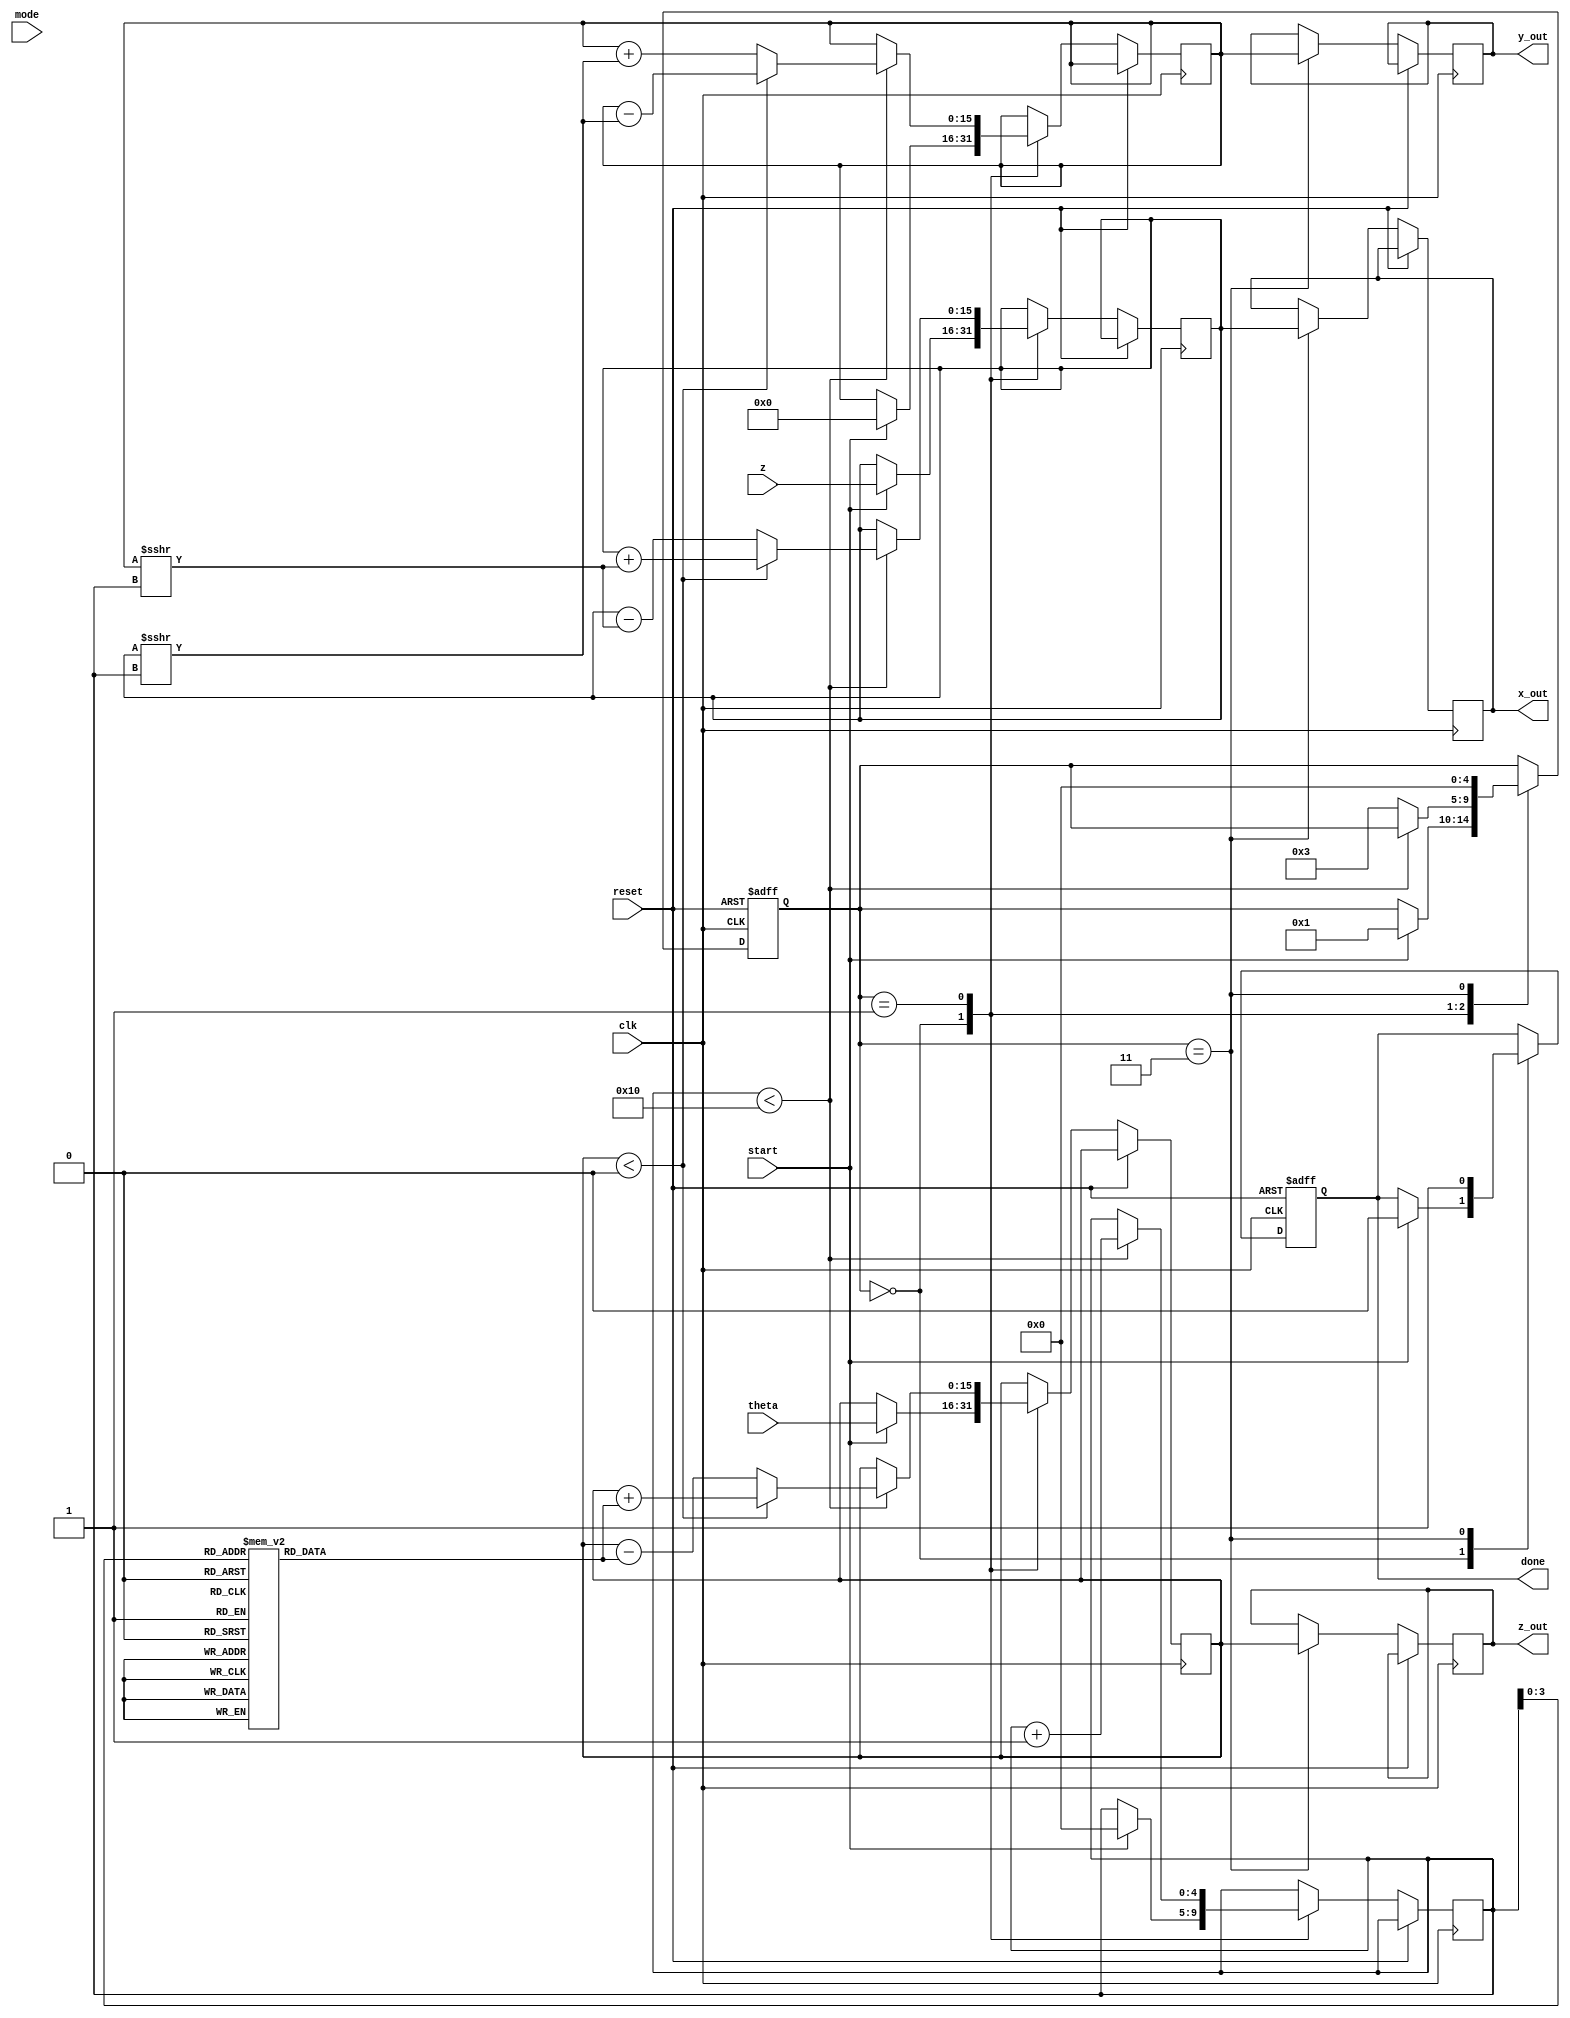
module cordic (
    input wire clk,
    input wire reset,
    input wire start,
    input wire [15:0] theta,      // Input angle in fixed-point representation
    input wire [15:0] z,          // Input magnitude in fixed-point representation
    input wire [1:0] mode,        // Operation mode (00: sine, 01: cosine, 10: hyperbolic, 11: multiplication)
    output reg [15:0] x_out,      // X output after rotation
    output reg [15:0] y_out,      // Y output after rotation
    output reg [15:0] z_out,      // Z output (final angle or magnitude)
    output reg done
);

    // Internal parameters
    parameter N = 16; // Number of iterations
    reg [15:0] x, y, z_reg;
    reg [4:0] state; // State for FSM
    reg [4:0] i; // Iteration counter
    reg [15:0] atan_table [0:N-1]; // Lookup table for arctan values

    // Initialize atan_table (example values; replace with actual arctangent values)
    initial begin
        atan_table[0] = 16'h2000; // atan(2^-0)
        atan_table[1] = 16'h1000; // atan(2^-1)
        atan_table[2] = 16'h0800; // atan(2^-2)
        atan_table[3] = 16'h0400; // atan(2^-3)
        atan_table[4] = 16'h0200; // atan(2^-4)
        atan_table[5] = 16'h0100; // atan(2^-5)
        atan_table[6] = 16'h0080; // atan(2^-6)
        atan_table[7] = 16'h0040; // atan(2^-7)
        atan_table[8] = 16'h0020; // atan(2^-8)
        atan_table[9] = 16'h0010; // atan(2^-9)
        atan_table[10] = 16'h0008; // atan(2^-10)
        atan_table[11] = 16'h0004; // atan(2^-11)
        atan_table[12] = 16'h0002; // atan(2^-12)
        atan_table[13] = 16'h0001; // atan(2^-13)
        atan_table[14] = 16'h0001; // atan(2^-14)
        atan_table[15] = 16'h0000; // atan(2^-15)
    end

    // State machine states
    parameter IDLE = 0, INIT = 1, COMPUTE = 2, DONE = 3;
    
    // FSM to control operations
    always @(posedge clk or posedge reset) begin
        if (reset) begin
            state <= IDLE;
            done <= 0;
        end 
        else begin
            case (state)
                IDLE: begin
                    if (start) begin
                        x <= z; // Initialize x with input magnitude
                        y <= 0; // Initialize y to 0
                        z_reg <= theta; // Load the input angle
                        i <= 0; // Reset iteration counter
                        state <= INIT;
                        done <= 0;
                    end
                end
                INIT: begin
                    if (i < N) begin
                        // Compute the CORDIC rotation
                        if (z_reg < 0) begin
                            // Rotate clockwise
                            x <= x + (y >>> i);
                            y <= y - (x >>> i);
                            z_reg <= z_reg + atan_table[i];
                        end else begin
                            // Rotate counter-clockwise
                            x <= x - (y >>> i);
                            y <= y + (x >>> i);
                            z_reg <= z_reg - atan_table[i];
                        end
                        i <= i + 1; // Increment iteration counter
                    end else begin
                        state <= DONE; // Move to done state after iterations
                    end
                end
                DONE: begin
                    x_out <= x;      // Assign outputs
                    y_out <= y;
                    z_out <= z_reg;  // Final angle or magnitude
                    done <= 1;       // Indicate completion
                    state <= IDLE;   // Go back to IDLE state
                end
            endcase
        end
    end

endmodule